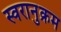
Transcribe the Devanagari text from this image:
स्वरानुक्रम